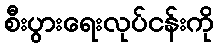
စီးပွားရေးလုပ်ငန်းကို